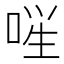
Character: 𪡚